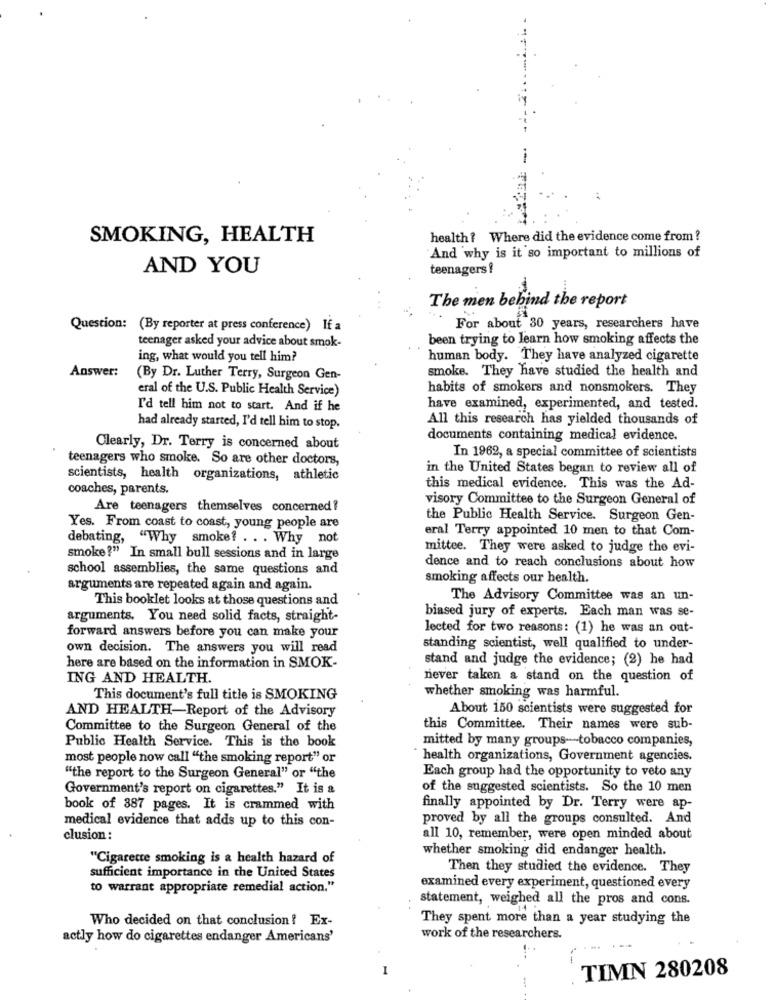
SMOKING, HEALTH
health? Where did the evidence come from ?
'And why is it so important to millions of
AND YOU
teenagers !
The men behind the report
Question: (By reporter at press conference) If a
For about 30 years, researchers have
teenager asked your advice about smok-
been trying to learn how smoking affects the
ing, what would you tell him?
human body. They have analyzed cigarette
Answer:
smoke. They have studied the health and
(By Dr. Luther Terry, Surgeon Gen-
eral of the U.S. Public Health Service)
habits of smokers and nonsmokers. They
I'd tell him not to start. And if he
have examined, experimented, and tested.
All this research has yielded thousands of
had already started, I'd tell him to stop.
documents containing medical evidence.
Clearly, Dr. Terry is concerned about
teenagers who smoke. So are other doctors,
In 1962, a special committee of scientists
in the United States began to review all of
scientists, health organizations, athletic
coaches, parents.
this medical evidence. This was the Ad-
visory Committee to the Surgeon General of
Are teenagers themselves concerned?
the Public Health Service. Surgeon Gen-
Yes. From coast to coast, young people are
eral Terry appointed 10 men to that Com-
debating, "Why smoke? . . . Why not
mittee. They were asked to judge the evi-
smoke?" In small bull sessions and in large
school assemblies, the same questions and
dence and to reach conclusions about how
smoking affects our health.
arguments are repeated again and again.
This booklet looks at those questions and
The Advisory Committee was an un-
arguments. You need solid facts, straight-
biased jury of experts. Each man was se-
lected for two reasons: (1) he was an out-
forward answers before you can make your
own decision. The answers you will read
standing scientist, well qualified to under-
stand and judge the evidence; (2) he had
here are based on the information in SMOK-
ING AND HEALTH.
never taken a stand on the question of
whether smoking was harmful.
This document's full title is SMOKING
AND HEALTH-Report of the Advisory
About 150 scientists were suggested for
Committee to the Surgeon General of the
this Committee. Their names were sub-
mitted by many groups-tobacco companies,
Public Health Service. This is the book
most people now call "the smoking report" or
health organizations, Government agencies.
"the report to the Surgeon General" or "the
Each group had the opportunity to veto any
Government's report on cigarettes." It is a
of the suggested scientists. So the 10 men
book of 387 pages. It is crammed with
finally appointed by Dr. Terry were ap-
medical evidence that adds up to this con-
proved by all the groups consulted. And
clusion:
all 10, remember, were open minded about
"Cigarette smoking is a health hazard of
whether smoking did endanger health.
Then they studied the evidence. They
sufficient importance in the United States
to warrant appropriate remedial action."
examined every experiment, questioned every
statement, weighed all the pros and cons.
Who decided on that conclusion ! Ex-
They spent more than a year studying the
actly how do cigarettes endanger Americans'
work of the researchers.
--
TIMN 280208